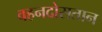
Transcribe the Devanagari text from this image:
वहनदोसतान